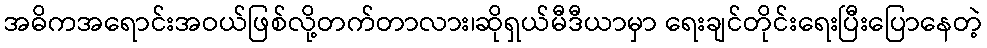
အဓိကအရောင်းအဝယ်ဖြစ်လို့တက်တာလား၊ဆိုရှယ်မီဒီယာမှာ ရေးချင်တိုင်းရေးပြီးပြောနေတဲ့